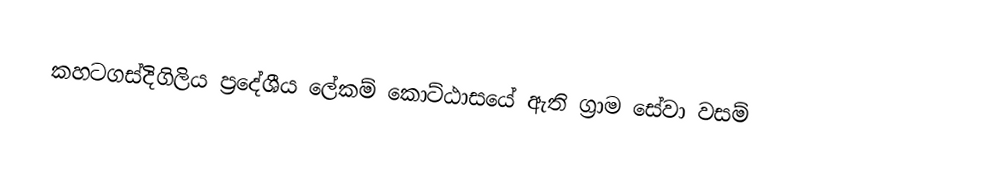
කහටගස්දිගිලිය ප්‍රදේශීය ලේකම් කොට්ඨාසයේ ඇති ග්‍රාම සේවා වසම්